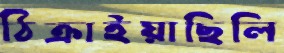
ঠিক্‌রাইয়াছিলি